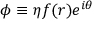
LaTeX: \phi \equiv \eta f ( r ) e ^ { i \theta }